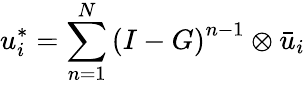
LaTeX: {u_{i}^{*}}=\sum_{n=1}^{N}{{{(I-G)}^{n-1}}}\otimes{{{\bar{u}}_{i}}}